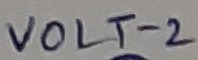
Text: VOLT-2